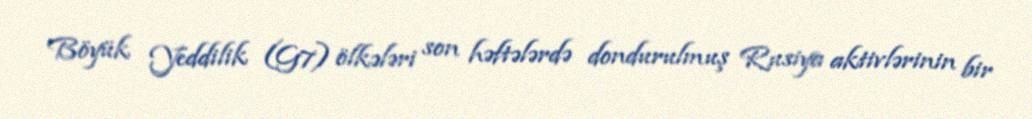
Böyük Yeddilik (G7) ölkələri son həftələrdə dondurulmuş Rusiya aktivlərinin bir